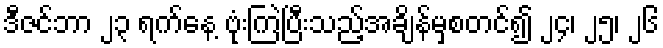
ဒီဇင်ဘာ ၂၃ ရက်နေ့ ဗုံးကြဲပြီးသည့်အချိန်မှစတင်၍ ၂၄၊ ၂၅၊ ၂၆